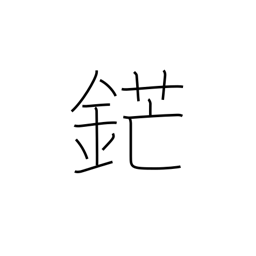
Meaning: sword point